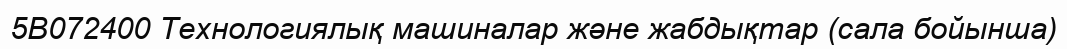
5В072400 Технологиялық машиналар және жабдықтар (сала бойынша)